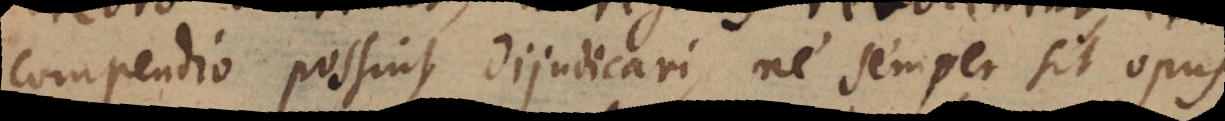
compendio possint dijudicari, ne semper sit opus